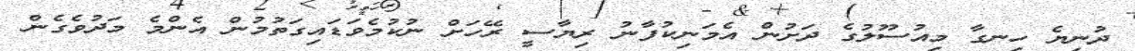
ދުނިޔެ ހިނގާ މިއުސޫލުގެ ދަށުން އެމަނިކުފާނު ރިޔާސީ ރޭހަށް ނުކުމެވަޑައިގަތުމުން އެންމެ މަދުވެގެން